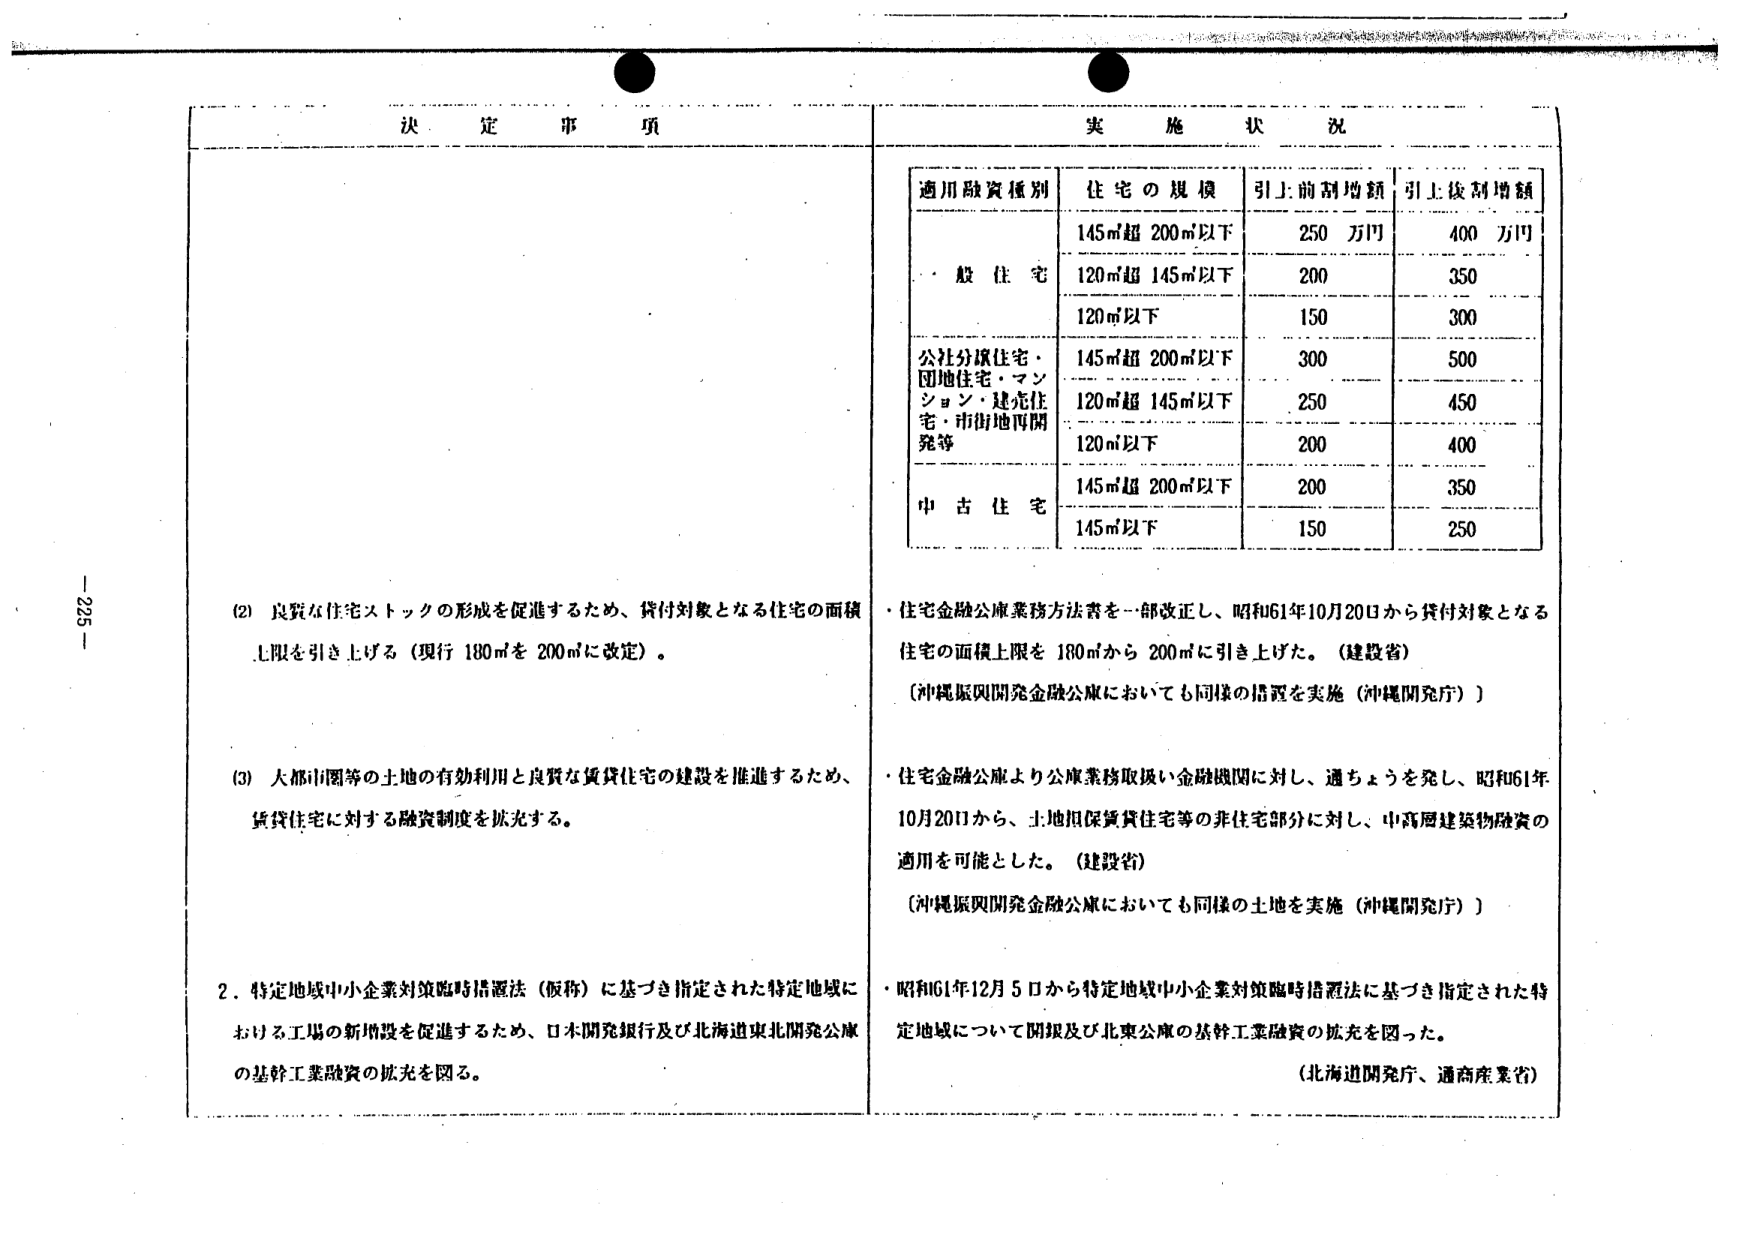
- 225 -

決定事項

(2) 良質な住宅ストックの形成を促進するため、貸付対象となる住宅の面積上限を引き上げる（現行 180㎡を 200㎡に改定）。

(3) 大都市圏等の土地の有効利用と良質な賃貸住宅の建設を推進するため、賃貸住宅に対する融資制度を拡充する。

2. 特定地域中小企業対策臨時措置法（仮称）に基づき指定された特定地域における工場の新増設を促進するため、日本開発銀行及び北海道東北開発公庫の基幹工業融資の拡充を図る。

実施状況

適用融資種別　住宅の規模　引上前割増額　引上後割増額

一般住宅
　145㎡超 200㎡以下　250 万円　400 万円
　120㎡超 145㎡以下　200　350
　120㎡以下　150　300

公社分譲住宅・団地住宅・マンション・建売住宅・市街地再開発等
　145㎡超 200㎡以下　300　500
　120㎡超 145㎡以下　250　450
　120㎡以下　200　400

中古住宅
　145㎡超 200㎡以下　200　350
　145㎡以下　150　250

・住宅金融公庫業務方法書を一部改正し、昭和61年10月20日から貸付対象となる住宅の面積上限を 180㎡から 200㎡に引き上げた。（建設省）
　〔沖縄振興開発金融公庫においても同様の措置を実施（沖縄開発庁）〕

・住宅金融公庫より公庫業務取扱い金融機関に対し、通ちょうを発し、昭和61年10月20日から、土地担保賃貸住宅等の非住宅部分に対し、中高層建築物融資の適用を可能とした。（建設省）
　〔沖縄振興開発金融公庫においても同様の土地を実施（沖縄開発庁）〕

・昭和61年12月5日から特定地域中小企業対策臨時措置法に基づき指定された特定地域について開銀及び北東公庫の基幹工業融資の拡充を図った。
　（北海道開発庁、通商産業省）